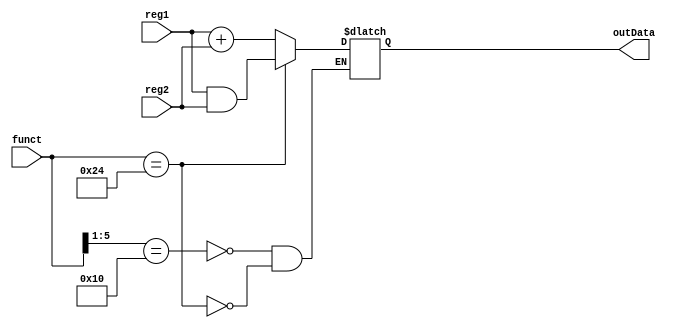




module my_ALU(reg1, reg2, funct, outData);

input [31:0] reg1;
input [31:0] reg2;
input [5:0]  funct;

output [31:0] outData;


wire [31:0] reg1;
wire [31:0] reg2;
wire [5:0] funct;

reg [31:0] outData;




always @(reg1 or reg2 or funct)
begin
    casex(funct)
    6'b100_00?:begin //add(0)/addu(1)
        outData <= reg1 + reg2;
    end
    6'b100_100:begin //and
        outData <= reg1 & reg2;
    end
    default : begin
        $display("@%0dns default is selected, opcode %b",$time, funct);
    end
    endcase
end
endmodule